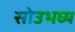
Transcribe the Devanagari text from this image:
सोउभघ्य